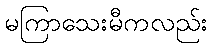
မကြာသေးမီကလည်း